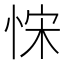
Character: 𢚗